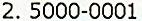
2. 5000-0001